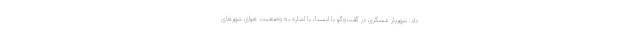
داد. شهریار عسگری در گفت‌وگو با ایسنا، با اشاره به وضعیت هوای شهرهای